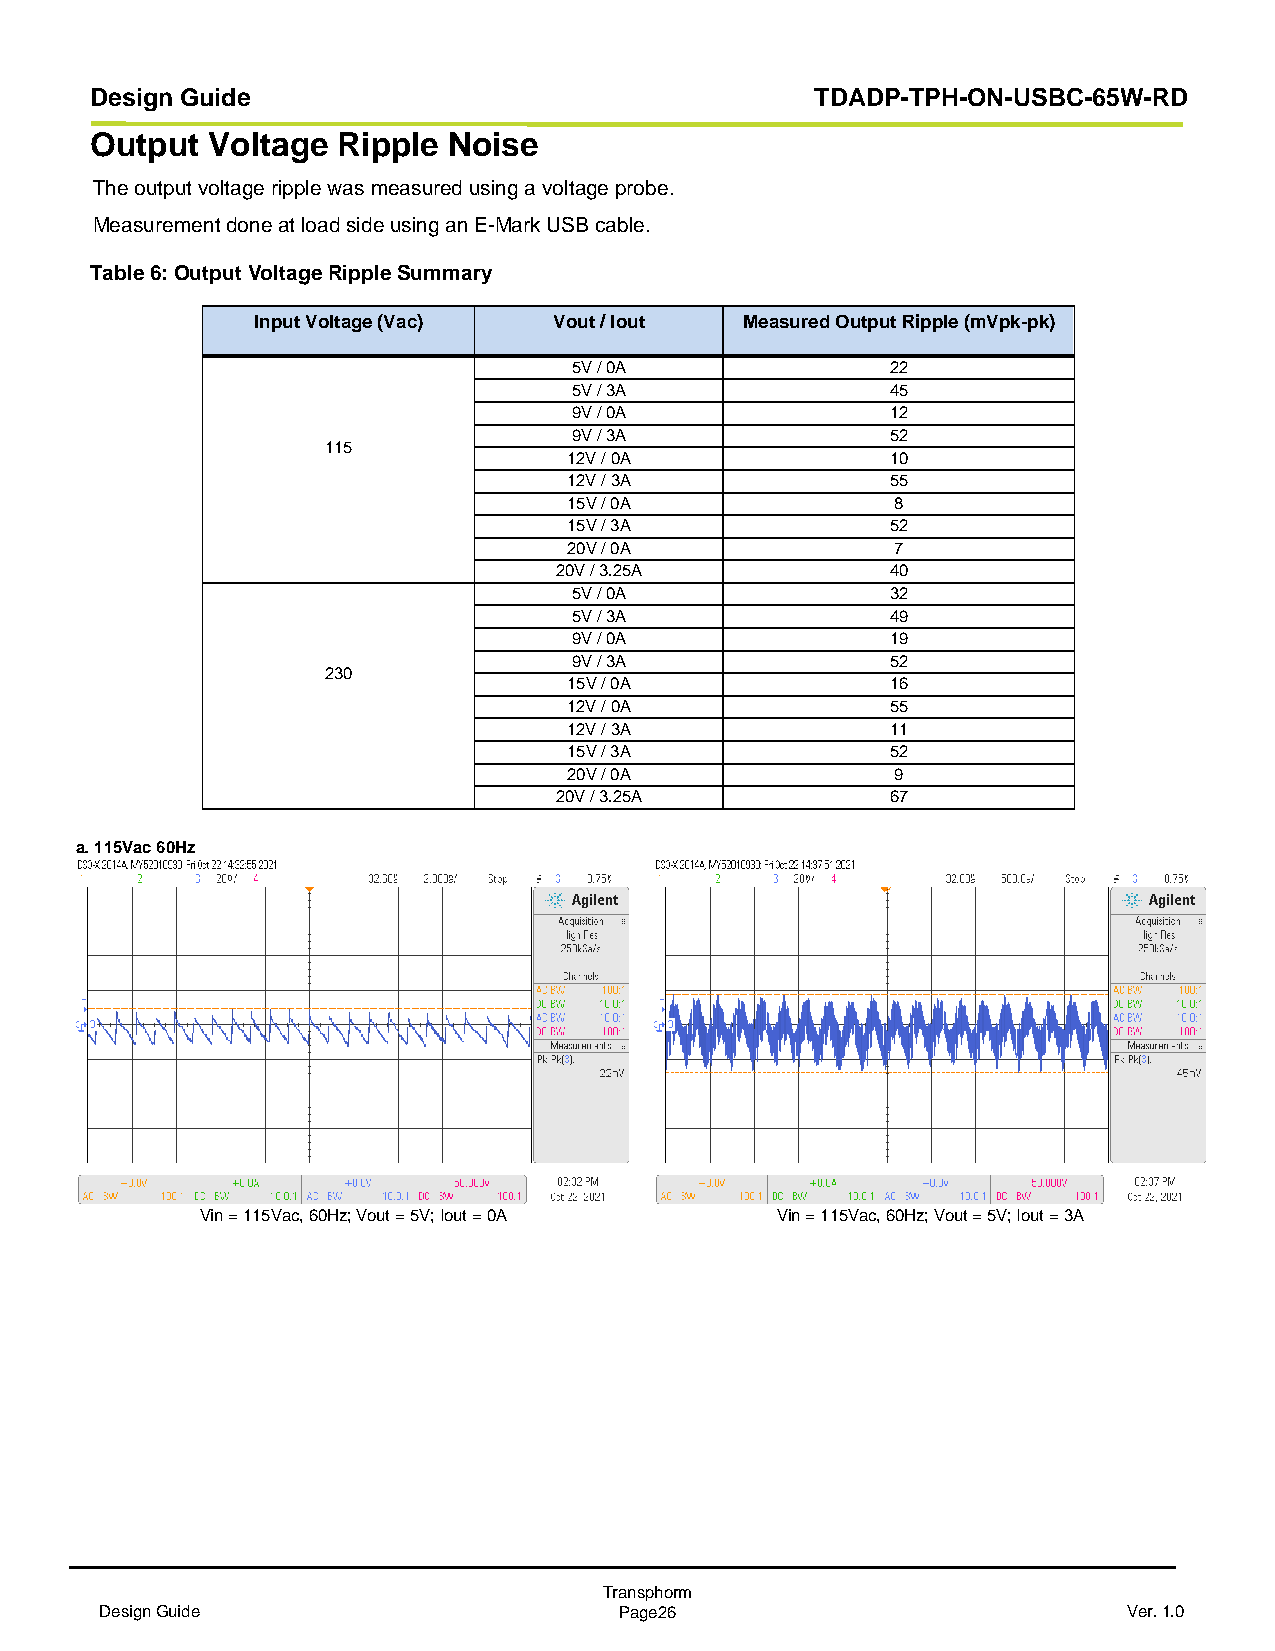
Design Guide                                    TDADP-TPH-ON-USBC-65W-RD
 Output  Voltage Ripple  Noise
 The output voltage ripple was measured using a voltage probe.
 Measurement done at load side using an E-Mark USB cable.
 Table 6: Output Voltage Ripple Summary
 Input Voltage (Vac) Vout / Iout Measured Output Ripple (mVpk-pk)
 5V / 0A              22
 5V / 3A              45
 9V / 0A              12
 9V / 3A              52
 115
 12V / 0A             10
 12V / 3A             55
 15V / 0A             8
 15V / 3A             52
 20V / 0A             7
 20V / 3.25A           40
 5V / 0A              32
 5V / 3A              49
 9V / 0A              19
 9V / 3A              52
 230
 15V / 0A             16
 12V / 0A             55
 12V / 3A             11
 15V / 3A             52
 20V / 0A             9
 20V / 3.25A           67
 a. 115Vac 60Hz
 Vin = 115Vac, 60Hz; Vout = 5V; Iout = 0A Vin = 115Vac, 60Hz; Vout = 5V; Iout = 3A
 Transphorm
 Design Guide                      Page26                            Ver. 1.0